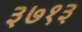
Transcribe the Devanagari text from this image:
३७१३